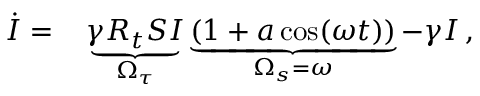
\begin{array} { r l } { \dot { I } = } & { { } \underbrace { \gamma R _ { t } S I } _ { \Omega _ { \tau } } \underbrace { ( 1 + a \cos ( \omega t ) ) } _ { \Omega _ { s } = \omega } - \gamma I \, , } \end{array}